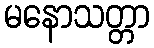
မနောသတ္တာ